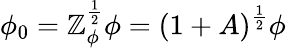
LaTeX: \phi_{0}=\mathbb{Z}_{\phi}^{\frac{{1}}{{2}}}\phi=(1+A)^{\frac{{1}}{{2}}}\phi